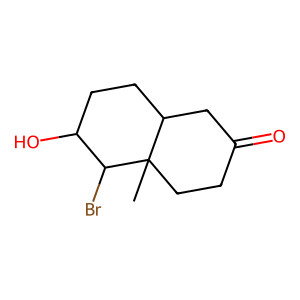
SMILES: CC12CCC(=O)CC1CCC(O)C2Br
Inhibits HIV replication: No